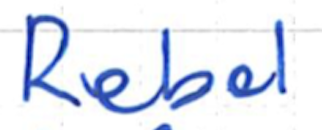
Text: Rebel
Cross-out: clean
Writing tool: ballpoint